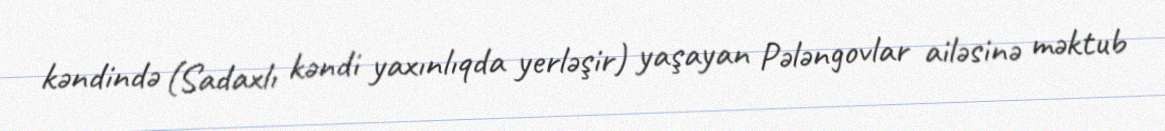
kəndində (Sadaxlı kəndi yaxınlıqda yerləşir) yaşayan Pələngovlar ailəsinə məktub